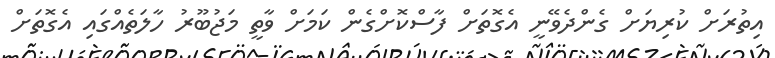
އިތުރަށް ކުރިޔަށް ގެންދެވޭނީ އެގޮތަށް ފާސްކޮށްގެން ކަމަށް ވާތީ މަޖުބޫރު ހާލަތެއްގައި އެގޮތަށް